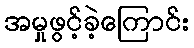
အမှုဖွင့်ခဲ့ကြောင်း